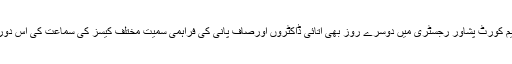
جمعہ کو چیف جسٹس ثاقب نثار نے سپریم کورٹ پشاور رجسٹری میں دوسرے روز بھی اتائی ڈاکٹروں اورصاف پانی کی فراہمی سمیت مختلف کیسز کی سماعت کی اس دوران چیئرمین ہیلتھ کیئر کمیشن پیش ہوئے۔